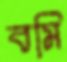
বমি